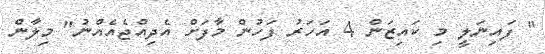
" ފައިނަލީ މި ކައިޒަން 4 އަހަރު ފަހުން މާފަށް އެދިއްޖެއެއްނު" މިލާން